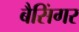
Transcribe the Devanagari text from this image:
बैसिंगर